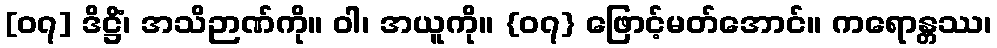
[၀၇] ဒိဋ္ဌိံ၊ အသိဉာဏ်ကို။ ဝါ၊ အယူကို။ {၀၇} ဖြောင့်မတ်အောင်။ ကရောန္တဿ၊